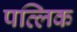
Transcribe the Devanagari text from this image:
पव्लिक